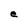
Character: e